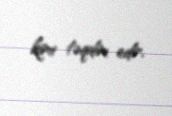
kimi təqdim edir.